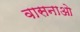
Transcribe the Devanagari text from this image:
वासनाओ